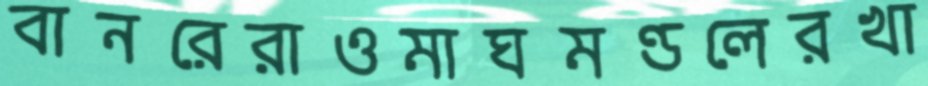
বানরেরাওমাঘমণ্ডলেরখা